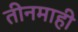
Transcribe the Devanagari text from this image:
तीनमाही